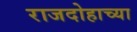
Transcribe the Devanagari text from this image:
राजदोहाच्या